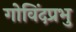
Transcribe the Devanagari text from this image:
गोविंदप्रभु